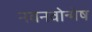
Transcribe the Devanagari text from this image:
नवनवोन्मेष